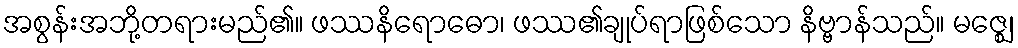
အစွန်းအဘို့တရားမည်၏။ ဖဿနိရောဓော၊ ဖဿ၏ချုပ်ရာဖြစ်သော နိဗ္ဗာန်သည်။ မဇ္ဈေ၊